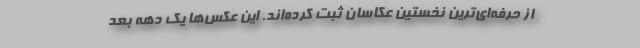
از حرفه‌ای‌ترین نخستین عکاسان ثبت کرده‌اند. این عکس‌ها یک دهه بعد